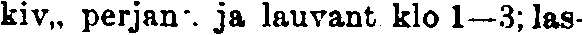
kiv,, perjan. ja lauvant klo 1—3; las-